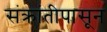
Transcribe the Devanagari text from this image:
संक्रांतीपासून